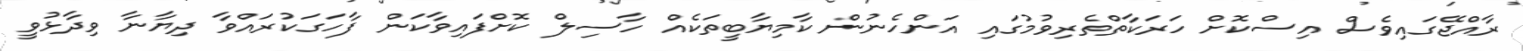
ރާއްޖޭގައިވެސް އިސްކޮށް ހަރަކާތްތެރިވުމުގައި އަންހެނުން ކާމިޔާބީތަކެއް ހާސިލް ކޮށްފައިވާކަން ފާހަގަކުރައްވާ ދިޔާނާ ވިދާޅުވީ